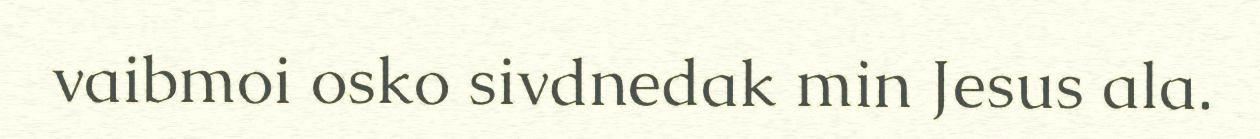
vaibmoi osko sivdnedak min Jesus ala.